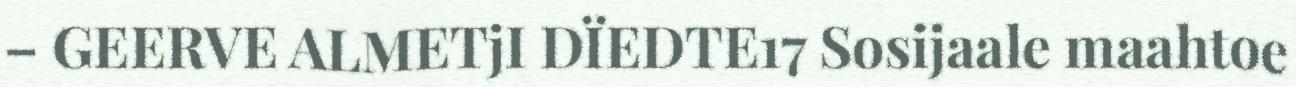
– GEERVE ALMETjI DÏEDTE17 Sosijaale maahtoe